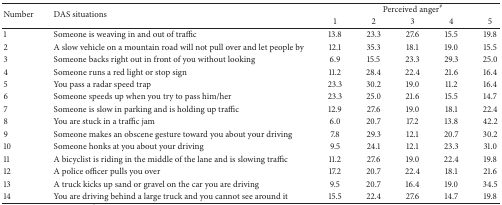
| <ROWSPAN=2> Number | <ROWSPAN=2> DAS situations | <COLSPAN=5> Perceived anger# |
 | 1 | 2 | 3 | 4 | 5 |
 | --- | --- | --- | --- | --- | --- | --- |
 | 1 | Someone is weaving in and out of traffic | 13.8 | 23.3 | 27.6 | 15.5 | 19.8 |
 | 2 | A slow vehicle on a mountain road will not pull over and let people by | 12.1 | 35.3 | 18.1 | 19.0 | 15.5 |
 | 3 | Someone backs right out in front of you without looking | 6.9 | 15.5 | 23.3 | 29.3 | 25.0 |
 | 4 | Someone runs a red light or stop sign | 11.2 | 28.4 | 22.4 | 21.6 | 16.4 |
 | 5 | You pass a radar speed trap | 23.3 | 30.2 | 19.0 | 11.2 | 16.4 |
 | 6 | Someone speeds up when you try to pass him/her | 23.3 | 25.0 | 21.6 | 15.5 | 14.7 |
 | 7 | Someone is slow in parking and is holding up traffic | 12.9 | 27.6 | 19.0 | 18.1 | 22.4 |
 | 8 | You are stuck in a traffic jam | 6.0 | 20.7 | 17.2 | 13.8 | 42.2 |
 | 9 | Someone makes an obscene gesture toward you about your driving | 7.8 | 29.3 | 12.1 | 20.7 | 30.2 |
 | 10 | Someone honks at you about your driving | 9.5 | 24.1 | 12.1 | 23.3 | 31.0 |
 | 11 | A bicyclist is riding in the middle of the lane and is slowing traffic | 11.2 | 27.6 | 19.0 | 22.4 | 19.8 |
 | 12 | A police officer pulls you over | 17.2 | 20.7 | 22.4 | 18.1 | 21.6 |
 | 13 | A truck kicks up sand or gravel on the car you are driving | 9.5 | 20.7 | 16.4 | 19.0 | 34.5 |
 | 14 | You are driving behind a large truck and you cannot see around it | 15.5 | 22.4 | 27.6 | 14.7 | 19.8 |